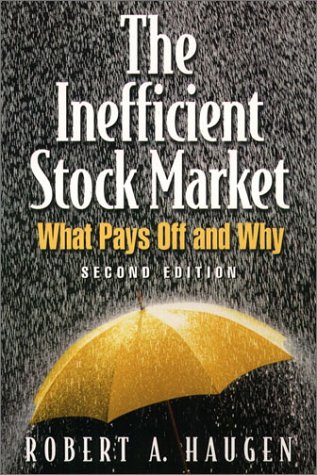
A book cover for The Inefficient Stock Market; Robert A. Haugen; Business & Money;